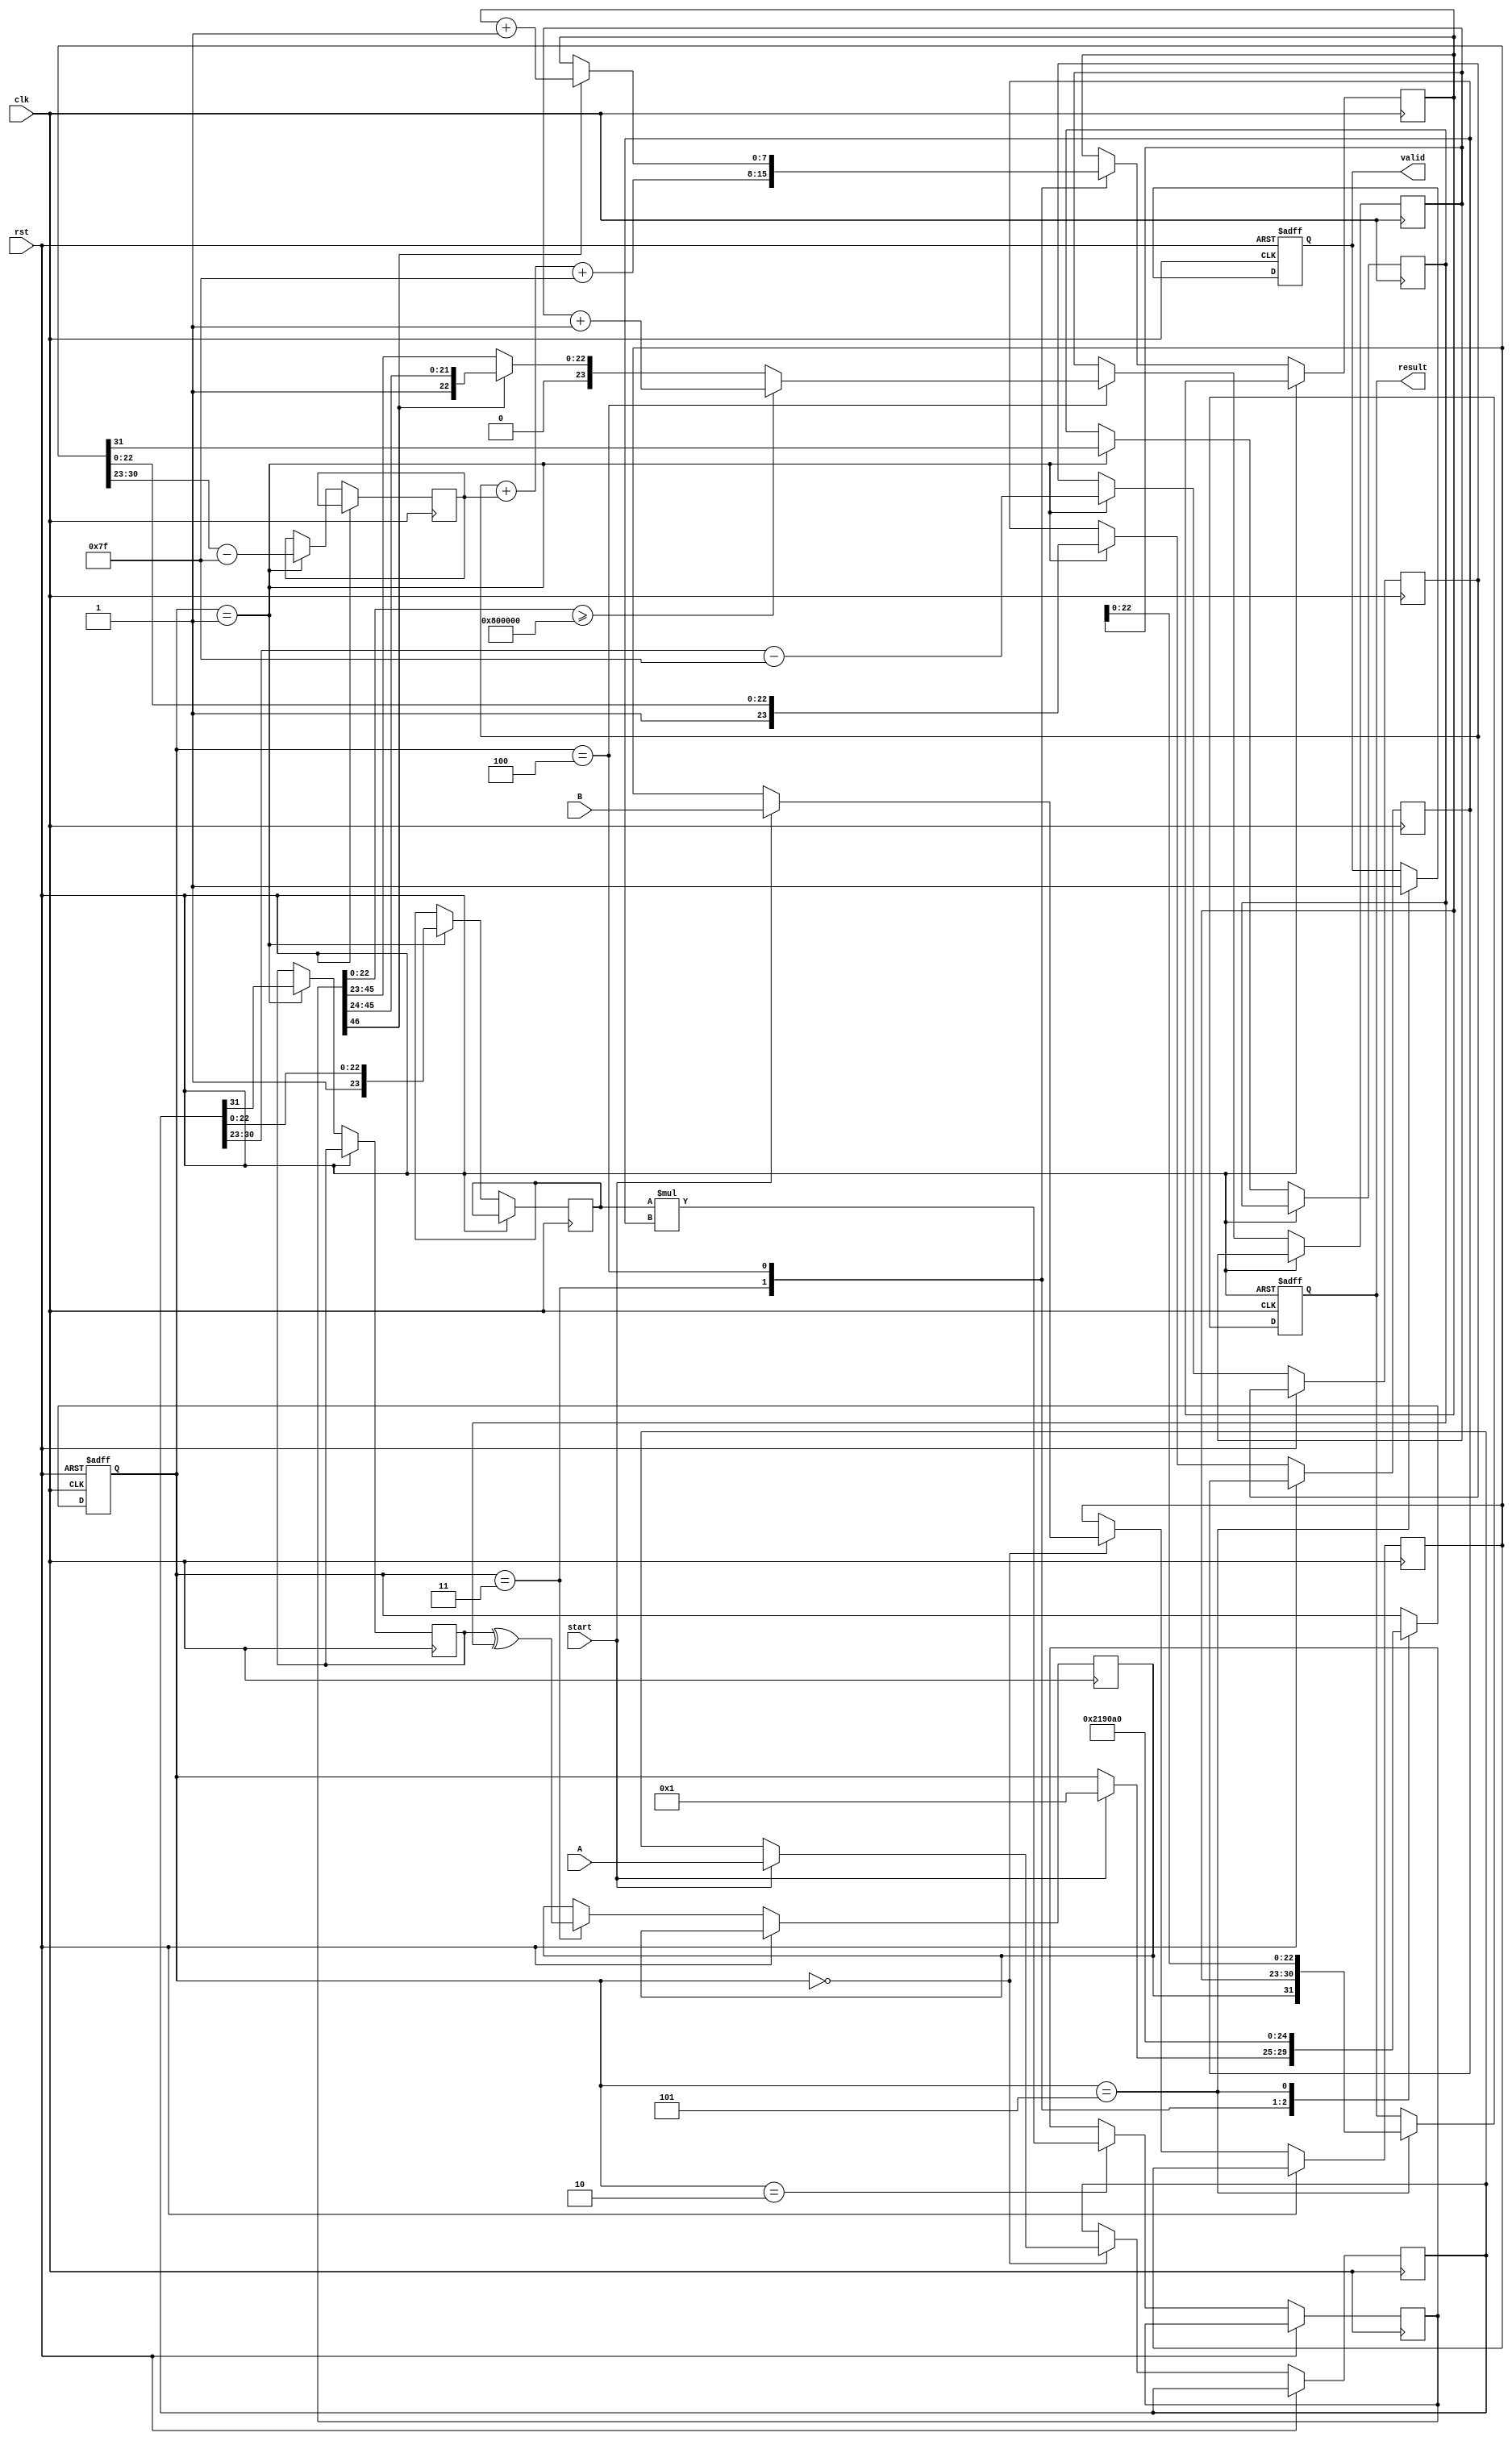
module pipelined_fp_multiplier (
    input clk,
    input rst,
    input [31:0] A, // First floating-point operand
    input [31:0] B, // Second floating-point operand
    input start,     // Signal to start multiplication
    output reg [31:0] result, // Resulting floating-point product
    output reg valid // Indicates when the result is valid
);

    // Pipeline registers
    reg [31:0] A_reg, B_reg;
    reg [7:0] exp_A, exp_B, exp_result;
    reg [23:0] mant_A, mant_B, mant_result;
    reg sign_A, sign_B, sign_result;
    reg [46:0] mant_product; // 23 + 23 + 1 for overflow
    reg [4:0] stage; // Stage counter

    // Control logic
    always @(posedge clk or posedge rst) begin
        if (rst) begin
            stage <= 0;
            valid <= 0;
            result <= 0;
        end else begin
            case (stage)
                0: begin // Input Stage
                    if (start) begin
                        A_reg <= A;
                        B_reg <= B;
                        stage <= 1;
                    end
                end
                1: begin // Normalization Stage
                    sign_A <= A_reg[31];
                    sign_B <= B_reg[31];
                    exp_A <= A_reg[30:23] - 127; // Remove bias
                    exp_B <= B_reg[30:23] - 127; // Remove bias
                    mant_A <= {1'b1, A_reg[22:0]}; // Normalize mantissa
                    mant_B <= {1'b1, B_reg[22:0]}; // Normalize mantissa
                    stage <= 2;
                end
                2: begin // Multiplication Stage
                    mant_product <= mant_A * mant_B; // Multiply mantissas
                    stage <= 3;
                end
                3: begin // Exponent Calculation Stage
                    exp_result <= exp_A + exp_B + 127; // Add exponents and bias
                    sign_result <= sign_A ^ sign_B; // XOR for sign
                    stage <= 4;
                end
                4: begin // Normalization and Rounding Stage
                    // Check for normalization
                    if (mant_product[46]) begin
                        mant_result <= mant_product[46:24]; // Shift right
                        exp_result <= exp_result + 1; // Increase exponent
                    end else begin
                        mant_result <= mant_product[45:23]; // Keep as is
                    end

                    // Rounding (round to nearest)
                    if (mant_product[22:0] >= 24'h800000) begin
                        mant_result <= mant_result + 1;
                    end

                    stage <= 5;
                end
                5: begin // Output Stage
                    result <= {sign_result, exp_result[7:0], mant_result[22:0]};
                    valid <= 1; // Output is valid
                    stage <= 0; // Reset to input stage
                end
            endcase
        end
    end
endmodule